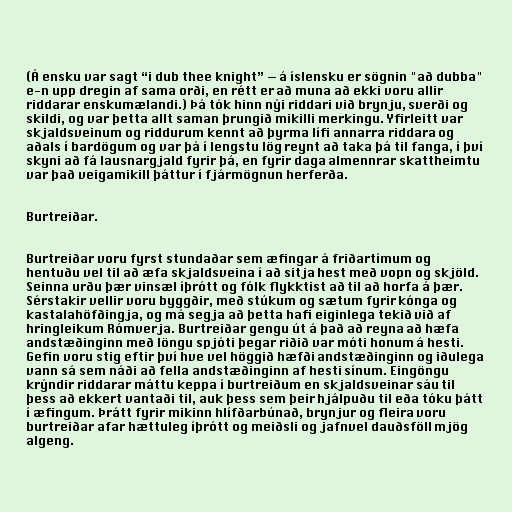
(Á ensku var sagt “i dub thee knight” — á íslensku er sögnin "að dubba"
e-n upp dregin af sama orði, en rétt er að muna að ekki voru allir
riddarar enskumælandi.) Þá tók hinn nýi riddari við brynju, sverði og
skildi, og var þetta allt saman þrungið mikilli merkingu. Yfirleitt var
skjaldsveinum og riddurum kennt að þyrma lífi annarra riddara og
aðals í bardögum og var þá í lengstu lög reynt að taka þá til fanga, í því
skyni að fá lausnargjald fyrir þá, en fyrir daga almennrar skattheimtu
var það veigamikill þáttur í fjármögnun herferða.

Burtreiðar.

Burtreiðar voru fyrst stundaðar sem æfingar á friðartímum og
hentuðu vel til að æfa skjaldsveina í að sitja hest með vopn og skjöld.
Seinna urðu þær vinsæl íþrótt og fólk flykktist að til að horfa á þær.
Sérstakir vellir voru byggðir, með stúkum og sætum fyrir kónga og
kastalahöfðingja, og má segja að þetta hafi eiginlega tekið við af
hringleikum Rómverja. Burtreiðar gengu út á það að reyna að hæfa
andstæðinginn með löngu spjóti þegar riðið var móti honum á hesti.
Gefin voru stig eftir því hve vel höggið hæfði andstæðinginn og iðulega
vann sá sem náði að fella andstæðinginn af hesti sínum. Eingöngu
krýndir riddarar máttu keppa í burtreiðum en skjaldsveinar sáu til
þess að ekkert vantaði til, auk þess sem þeir hjálpuðu til eða tóku þátt
í æfingum. Þrátt fyrir mikinn hlífðarbúnað, brynjur og fleira voru
burtreiðar afar hættuleg íþrótt og meiðsli og jafnvel dauðsföll mjög
algeng.